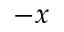
- x